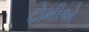
ટોમીએ